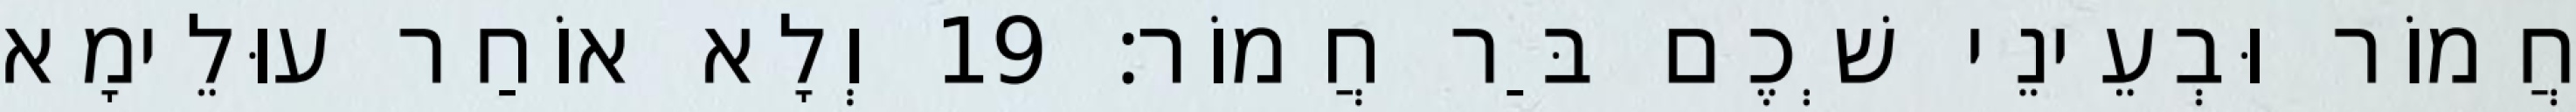
חֲמוֹר וּבְעֵינֵי שְׁכֶם בַּר חֲמוֹר׃ 19 וְלָא אוֹחַר עוּלֵימָא